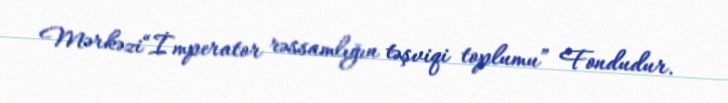
Mərkəzi“İmperator rəssamlığın təşviqi toplumu” Fondudur.